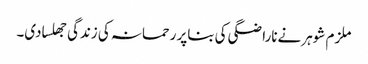
ملزم شوہر نےناراضگی کی بناپر رحمانہ کی زندگی جھلسادی۔